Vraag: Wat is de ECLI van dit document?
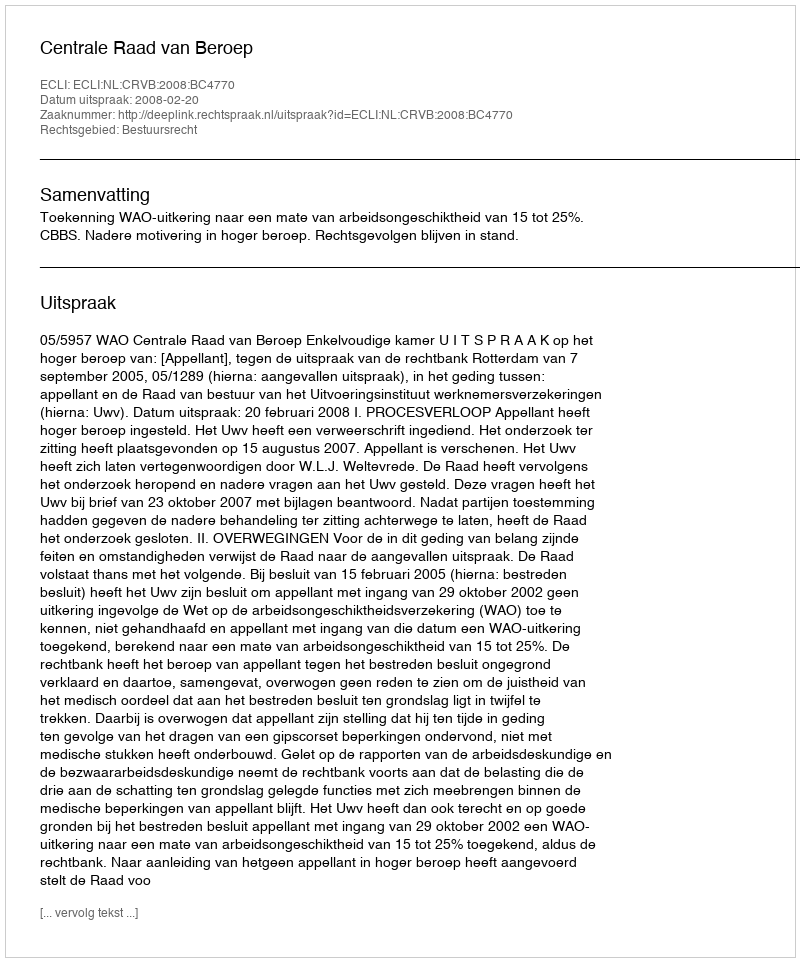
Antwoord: ECLI:NL:CRVB:2008:BC4770